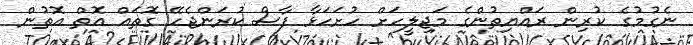
ނެގުމުގެ ކުރިން ރައްޔިތުންގެ މަޖިލީހަށް ހުށަހަޅާ ފާސް ކުރަންޖެހޭ ގޮތައް އޮތް އޮތުން